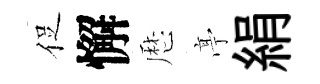
促懈厯𠅘絹